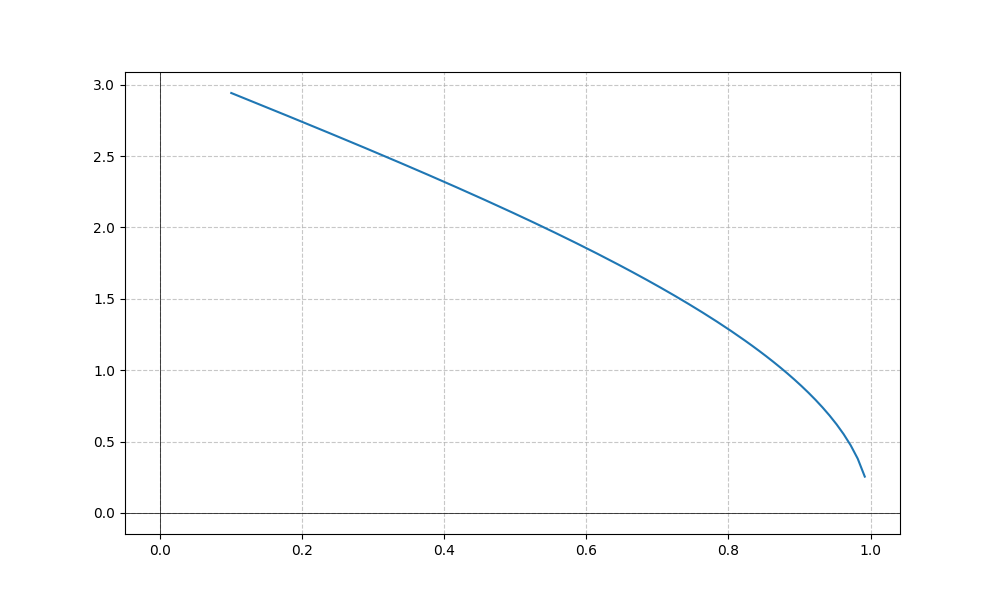
LaTeX formula: 2 \operatorname{acos}{\left(x \right)}